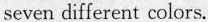
seven different colors.